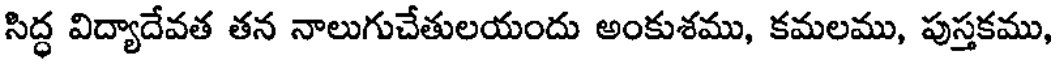
సిద్ధ విద్యాదేవత తన నాలుగుచేతులయందు అంకుశము, కమలము, పుస్తకము,